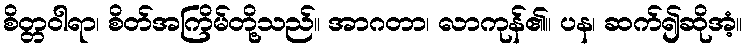
စိတ္တဝါရာ၊ စိတ်အကြိမ်တို့သည်။ အာဂတာ၊ လာကုန်၏။ ပန၊ ဆက်၍ဆိုအံ့။